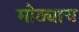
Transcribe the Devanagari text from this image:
मोठ्याच